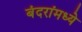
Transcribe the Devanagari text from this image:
बंदरांमध्ये